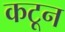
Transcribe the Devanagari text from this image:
कटून